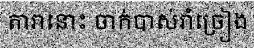
តារានោះ ចាក់បាស់រាំច្រៀង